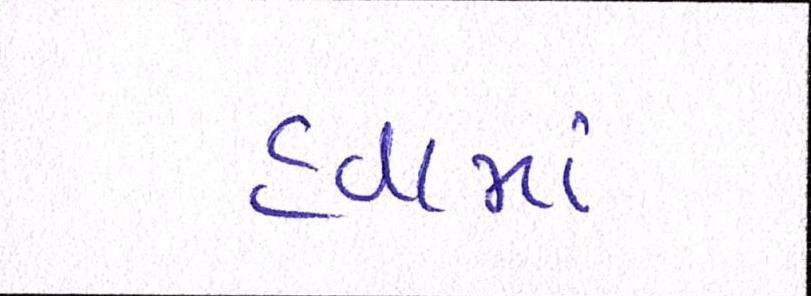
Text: હવામાં